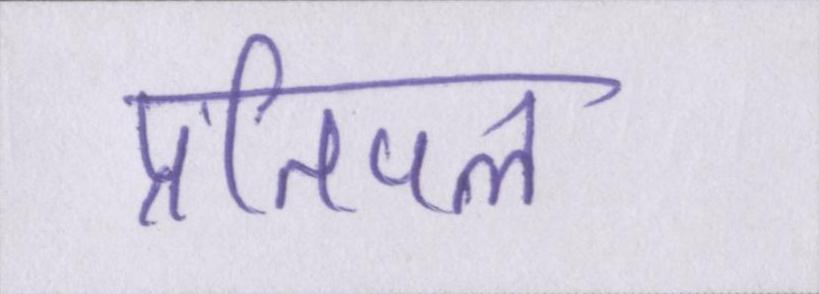
प्रतिपल